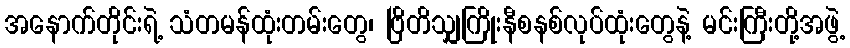
အနောက်တိုင်းရဲ့ သံတမန်ထုံးတမ်းတွေ၊ ဗြိတိသျှကြိုးနီစနစ်လုပ်ထုံးတွေနဲ့ မင်းကြီးတို့အဖွဲ့